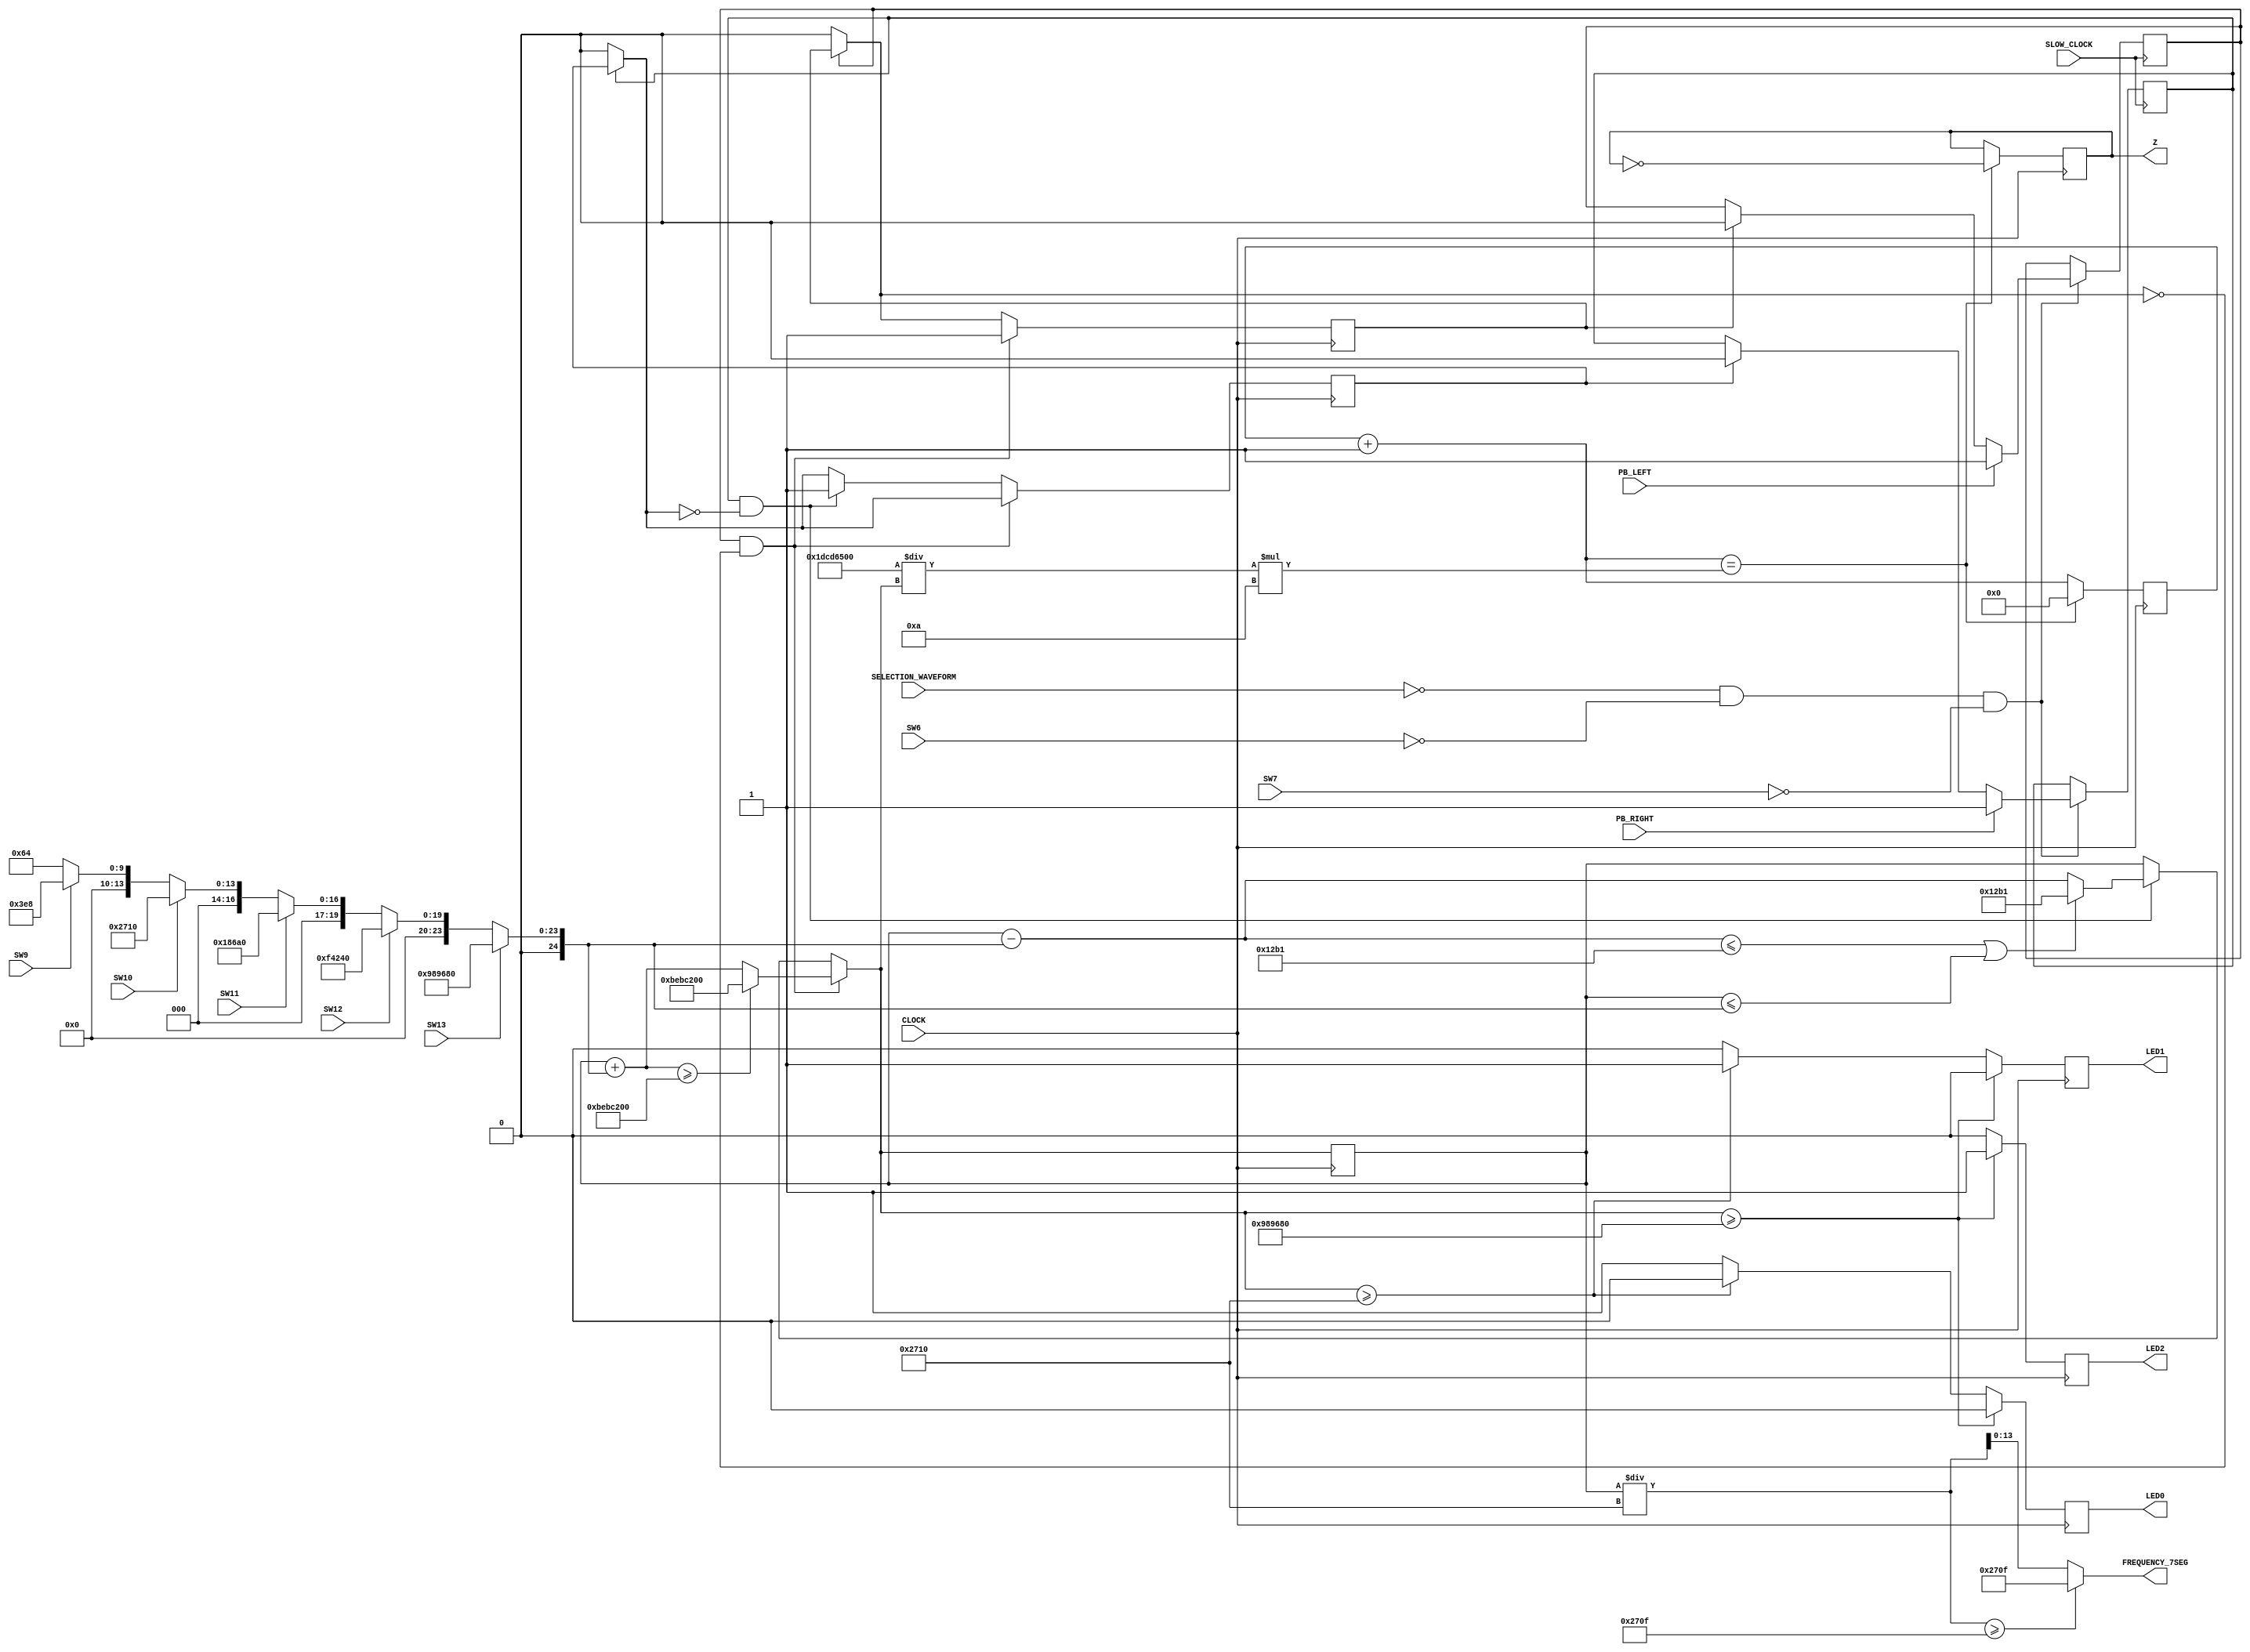
`timescale 1ns / 1ps
//////////////////////////////////////////////////////////////////////////////////
// Company: 
// Engineer: 
// 
// Design Name: 
// Module Name: SQUARE_FREQUENCY
// Project Name: 
// Target Devices: 
// Tool Versions: 
// Description: 
// 
// Dependencies: 
// 
// Revision:
// Revision 0.01 - File Created
// Additional Comments:
// 
//////////////////////////////////////////////////////////////////////////////////


module SQUARE_FREQUENCY(
    input CLOCK,
    input SLOW_CLOCK,
    input PB_LEFT,
    input PB_RIGHT,
    input SW6,
    input SW7,
    input SW9,
    input SW10,
    input SW11,
    input SW12,
    input SW13,
    input [1:0] SELECTION_WAVEFORM,
    output reg Z,
    output LED0,
    output LED1,
    output LED2,
    output [13:0] FREQUENCY_7SEG
    );
    reg [19:0] count = 20'b0;
    integer FPGA_frequency = 500000000;
    integer frequency = 4785;               //478.5mHz
    integer vary_clock = 1044932;           //478.5mHz might wanna change to 0;
    integer frequency_addition = 1000;
    
    reg left_press = 0;
    reg left_press_reset = 0;
    reg right_press = 0;
    reg right_press_reset = 0;
    
    reg mHz = 0;
    reg Hz = 0;
    reg kHz = 0;
    
    //checking for PB//
    always @(posedge SLOW_CLOCK)
    begin
        if(SELECTION_WAVEFORM == 0 && SW6 == 0 && SW7 == 0)
        begin
            left_press = (PB_LEFT == 1) ? 1 :
                            ((left_press_reset == 1) ? 0 : left_press);     //check LEFT pressbutton
    
            right_press = (PB_RIGHT == 1) ? 1 :
                            ((right_press_reset == 1) ? 0 : right_press);     //check RIGHT pressbutton
        end
    end
    //end of checking for PB //
    
    //vary frequency//
    always @(posedge CLOCK)
    begin
        //switch frequency setting//
        frequency_addition = (SW13 == 1) ? 10000000 :            // 1KHz
                             (SW12 == 1) ? 1000000 :             // 100Hz
                             (SW11 == 1) ? 100000 :              // 10Hz
                             (SW10 == 1) ? 10000 :               // 1Hz
                             (SW9 == 1) ? 1000: 100;             // 0.1Hz else 0.01Hz
        //end of switch frequency setting//
        
        left_press_reset = (left_press == 0) ? 0 : left_press_reset;
        right_press_reset = (right_press == 0) ? 0 : right_press_reset;
        
        if(left_press == 1 && left_press_reset == 0) //increase frequency
        begin
            if(frequency + frequency_addition >= 200000000)
            begin
                frequency = 200000000;
            end
            else
            begin 
                frequency = frequency + frequency_addition;
            end
            left_press_reset = 1 ;
        end
        else if(right_press == 1 && right_press_reset == 0)//decrease frequency
        begin
            if(frequency - frequency_addition <= 4785 || frequency <= frequency_addition)
            begin
                frequency = 4785;
            end
            else
            begin
                frequency = frequency - frequency_addition;
            end
            right_press_reset = 1 ;
        end
        vary_clock = ((FPGA_frequency/frequency)*10);
        
        //frequency LED//
        if(frequency >= 10000000)
        begin
            mHz = 0;
            Hz = 0;
            kHz = 1;
        end
        else if(frequency >= 10000)
        begin
            mHz = 0;
            Hz = 1;
            kHz = 0;
        end
        else
        begin
            mHz = 1;
            Hz = 0;
            kHz = 0;
        end
        //end of frequency LED//
        
        count = count + 1;
        if(count == vary_clock)
        begin
            Z = ~Z;
            count = 0;
        end
    end
    //end vary frequency//
    
    assign LED0 = mHz;
    assign LED1 = Hz;
    assign LED2 = kHz;
    assign FREQUENCY_7SEG = (frequency/10000 >= 9999) ? 9999 : frequency/10000;
endmodule